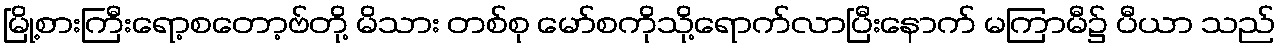
မြို့စားကြီးရော့စတော့ဗ်တို့ မိသား တစ်စု မော်စကိုသို့ရောက်လာပြီးနောက် မကြာမီ၌ ပီယာ သည်